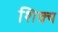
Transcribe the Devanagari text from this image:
शिक्य